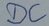
Text: DC